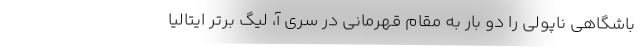
باشگاهی ناپولی را دو بار به مقام قهرمانی در سری آ، لیگ برتر ایتالیا